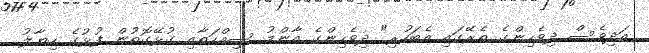
އަދިވެސް ދިވެހިންގެ ތެރޭގައި އެބަހުރި" ދިވެހިންގެ އާންމު ސިއްހަތާއި ގުޅޭގޮތުން ފުޅުގެ ހިޔާލު